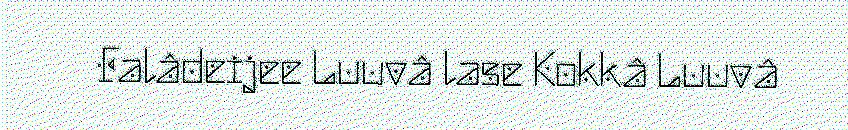
Falâdeijee Luuvâ lase Kokkâ Luuvâ